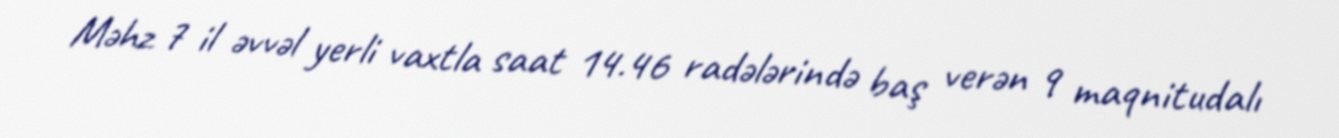
Məhz 7 il əvvəl yerli vaxtla saat 14.46 radələrində baş verən 9 maqnitudalı